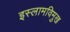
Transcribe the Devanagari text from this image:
इस्लामविमुख